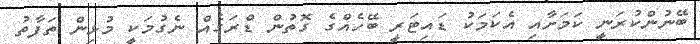
ބޭނުންކުރަނީ ކަމަށާއި އެކަމަކު ޑައިޓަރީ ބޭހެއްގެ ގޮތުން ޑްރަގެއް ނެގުމަކީ މުޅިން ތަފާތު